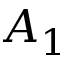
A _ { 1 }